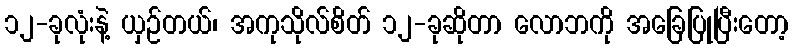
၁၂-ခုလုံးနဲ့ ယှဉ်တယ်၊ အကုသိုလ်စိတ် ၁၂-ခုဆိုတာ လောဘကို အခြေပြုပြီးတော့